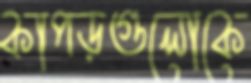
কাপড়গুলোকে